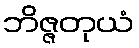
ဘိဇ္ဇတုယံ